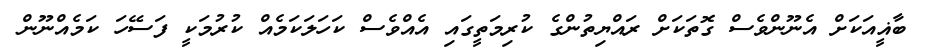
ބާޣީއަކަށް އެނޫންވެސް ގޮތަކަށް ރައްޔިތުންގެ ކުރިމަތީގައި އެއްވެސް ކަހަލަކަމެއް ކުރުމަކީ ފަސޭހަ ކަމެއްނޫން